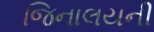
જિનાલયની